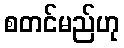
စတင်မည်ဟု